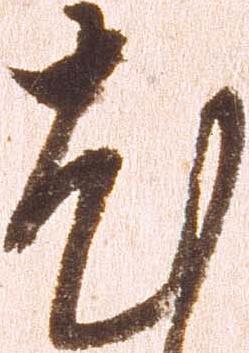
尤